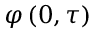
\varphi \left( 0 , \tau \right)